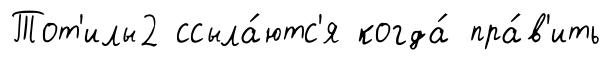
Тот'илы2 ссыла́ютс'я когда́ пра́в'ить